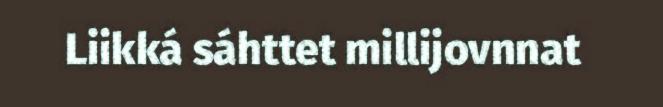
Liikká sáhttet millijovnnat